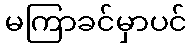
မကြာခင်မှာပင်